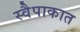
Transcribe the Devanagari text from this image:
स्वैपाकात